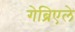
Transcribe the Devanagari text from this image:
गेब्रिएले